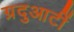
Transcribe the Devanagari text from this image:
ग्रदुआटीं